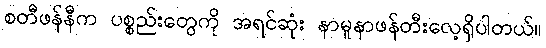
စတီဖန်နီက ပစ္စည်းတွေကို အရင်ဆုံး နာမူနာဖန်တီးလေ့ရှိပါတယ်။